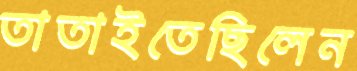
তাতাইতেছিলেন